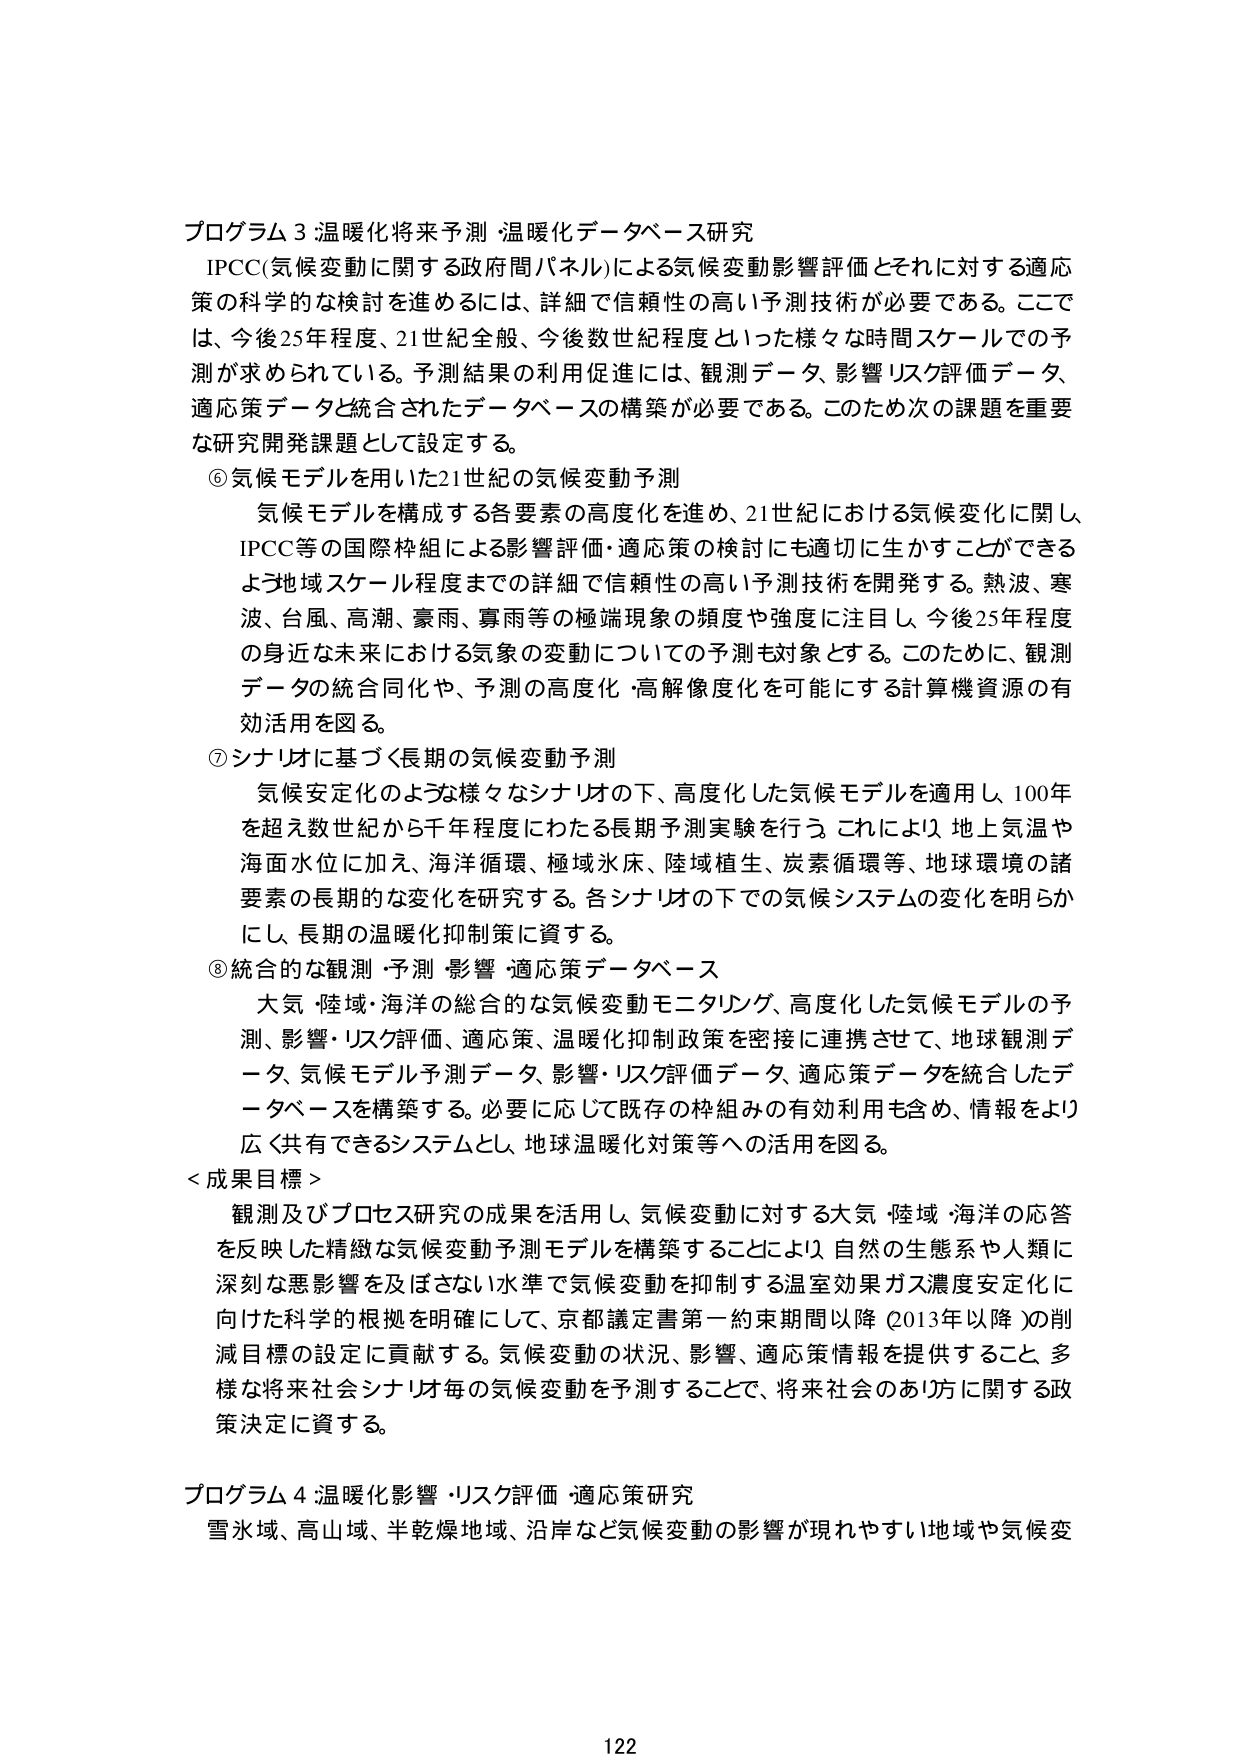
プログラム3 温暖化将来予測 温暖化データベース研究
IPCC(気候変動に関する政府間パネル)による気候変動影響評価とそれに対する適応策の科学的な検討を進めるには、詳細で信頼性の高い予測技術が必要である。ここでは、今後25年程度、21世紀全般、今後数世紀程度といった様々な時間スケールでの予測が求められている。予測結果の利用促進には、観測データ、影響リスク評価データ、適応策データと統合されたデータベースの構築が必要である。このため次の課題を重要な研究開発課題として設定する。

⑥ 気候モデルを用いた21世紀の気候変動予測
気候モデルを構成する各要素の高度化を進め、21世紀における気候変化に関し、IPCC等の国際枠組による影響評価・適応策の検討にも適切に生かすことができるよう地域スケール程度までの詳細で信頼性の高い予測技術を開発する。熱波、寒波、台風、高潮、豪雨、寡雨等の極端現象の頻度や強度に注目し、今後25年程度の身近な未来における気象の変動についての予測も対象とする。このために、観測データの統合同化や、予測の高度化・高解像度化を可能にする計算機資源の有効活用を図る。

⑦ シナリオに基づく長期の気候変動予測
気候安定化のような様々なシナリオの下、高度化した気候モデルを適用し、100年を超え数世紀から千年程度にわたる長期予測実験を行う。これにより、地上気温や海面水位に加え、海洋循環、極域氷床、陸域植生、炭素循環等、地球環境の諸要素の長期的な変化を研究する。各シナリオの下での気候システムの変化を明らかにし、長期の温暖化抑制策に資する。

⑧ 統合的な観測・予測・影響・適応策データベース
大気・陸域・海洋の総合的な気候変動モニタリング、高度化した気候モデルの予測、影響・リスク評価、適応策、温暖化抑制政策を密接に連携させて、地球観測データ、気候モデル予測データ、影響・リスク評価データ、適応策データを統合したデータベースを構築する。必要に応じて既存の枠組みの有効利用も含め、情報をより広く共有できるシステムとし、地球温暖化対策等への活用を図る。

＜成果目標＞
観測及びプロセス研究の成果を活用し、気候変動に対する大気・陸域・海洋の応答を反映した精緻な気候変動予測モデルを構築することにより、自然の生態系や人類に深刻な悪影響を及ぼさない水準で気候変動を抑制する温室効果ガス濃度安定化に向けた科学的根拠を明確にして、京都議定書第一約束期間以降（2013年以降）の削減目標の設定に貢献する。気候変動の状況、影響、適応策情報を提供すること、多様な将来社会シナリオ毎の気候変動を予測することで、将来社会のあり方に関する政策決定に資する。

プログラム4 温暖化影響・リスク評価・適応策研究
雪氷域、高山域、半乾燥地域、沿岸など気候変動の影響が現れやすい地域や気候変

122